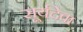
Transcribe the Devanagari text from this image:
सूर्यदेवा